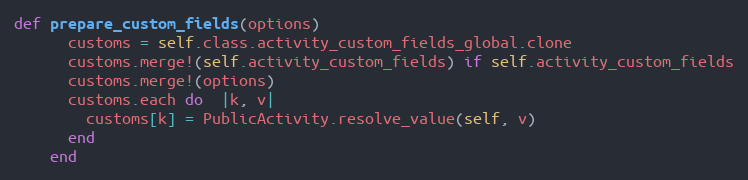
Language: Ruby
def prepare_custom_fields(options)
      customs = self.class.activity_custom_fields_global.clone
      customs.merge!(self.activity_custom_fields) if self.activity_custom_fields
      customs.merge!(options)
      customs.each do  |k, v|
        customs[k] = PublicActivity.resolve_value(self, v)
      end
    end